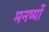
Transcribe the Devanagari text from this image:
मनष्यों